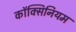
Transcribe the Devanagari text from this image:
कॉक्सिनियम